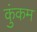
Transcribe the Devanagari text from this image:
कुंकम